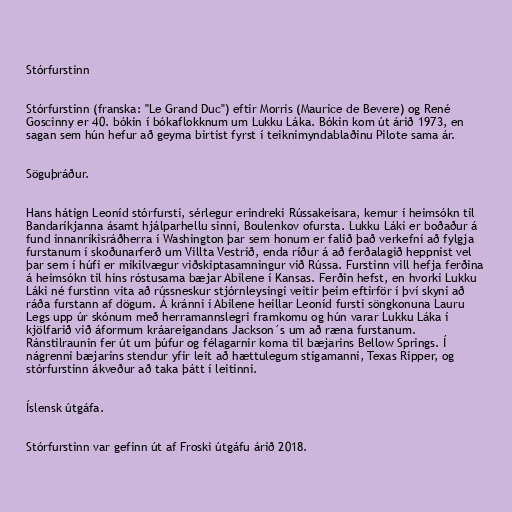
Stórfurstinn

Stórfurstinn (franska: "Le Grand Duc") eftir Morris (Maurice de Bevere) og René
Goscinny er 40. bókin í bókaflokknum um Lukku Láka. Bókin kom út árið 1973, en
sagan sem hún hefur að geyma birtist fyrst í teiknimyndablaðinu Pilote sama ár.

Söguþráður.

Hans hátign Leoníd stórfursti, sérlegur erindreki Rússakeisara, kemur í heimsókn til
Bandaríkjanna ásamt hjálparhellu sinni, Boulenkov ofursta. Lukku Láki er boðaður á
fund innanríkisráðherra í Washington þar sem honum er falið það verkefni að fylgja
furstanum í skoðunarferð um Villta Vestrið, enda ríður á að ferðalagið heppnist vel
þar sem í húfi er mikilvægur viðskiptasamningur við Rússa. Furstinn vill hefja ferðina
á heimsókn til hins róstusama bæjar Abilene í Kansas. Ferðin hefst, en hvorki Lukku
Láki né furstinn vita að rússneskur stjórnleysingi veitir þeim eftirför í því skyni að
ráða furstann af dögum. Á kránni í Abilene heillar Leoníd fursti söngkonuna Lauru
Legs upp úr skónum með herramannslegri framkomu og hún varar Lukku Láka í
kjölfarið við áformum kráareigandans Jackson´s um að ræna furstanum.
Ránstilraunin fer út um þúfur og félagarnir koma til bæjarins Bellow Springs. Í
nágrenni bæjarins stendur yfir leit að hættulegum stigamanni, Texas Ripper, og
stórfurstinn ákveður að taka þátt í leitinni.

Íslensk útgáfa.

Stórfurstinn var gefinn út af Froski útgáfu árið 2018.